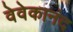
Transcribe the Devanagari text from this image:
वेवेकानंद